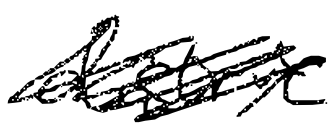
Text: district
Cross-out: scratch
Writing tool: digital_black